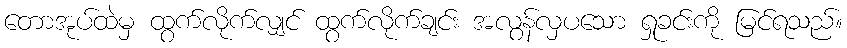
တောအုပ်ထဲမှ ထွက်လိုက်လျှင် ထွက်လိုက်ချင်း အလွန်လှပသော ရှုခင်းကို မြင်ရသည်။